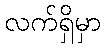
လက်ရှိမှာ